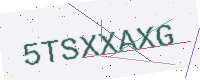
Text: 5TSXXAXG